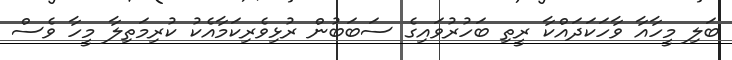
ބަލި މީހާއާ ވާހަކަދައްކާ ރީތި ބަހުރުވައިގެ ސަބަބުން ރުޅިވެރިކަމާއެކު ކުރިމަތިލާ މީހާ ވެސް